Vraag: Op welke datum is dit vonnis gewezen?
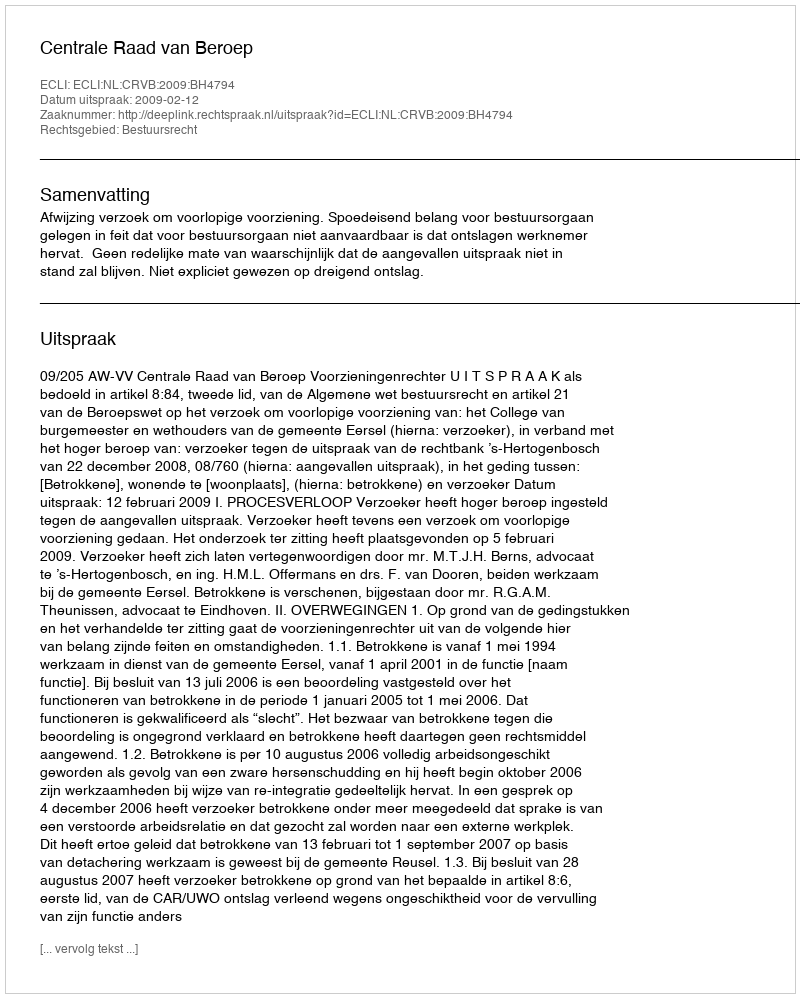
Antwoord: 2009-02-12